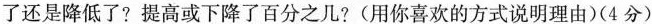
了还是降低了?提高或下降了百分之几?(用你喜欢的方式说明理由)(4分)